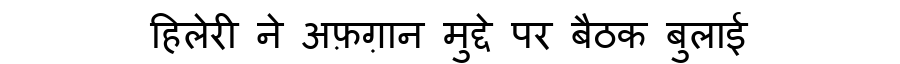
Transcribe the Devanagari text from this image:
हिलेरी ने अफ़ग़ान मुद्दे पर बैठक बुलाई